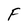
Character: F